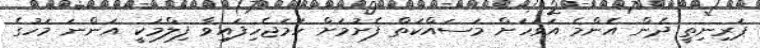
ޕަރިނިތީ ދެން އެންމެ އަވަހަށް މަސައްކަތް ފެށުމަށް ހަމަޖެހިފައިވާ ފިލްމަކީ އަންނަ މަހުގެ